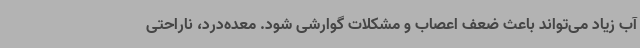
آب زیاد می‌تواند باعث ضعف اعصاب و مشکلات گوارشی شود. معده‌درد، ناراحتی